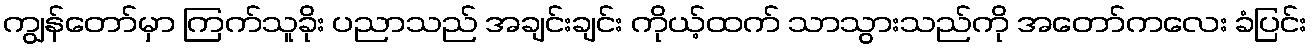
ကျွန်တော်မှာ ကြက်သူခိုး ပညာသည် အချင်းချင်း ကိုယ့်ထက် သာသွားသည်ကို အတော်ကလေး ခံပြင်း